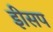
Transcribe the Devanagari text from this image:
इीसप